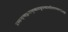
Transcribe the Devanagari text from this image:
प्रस्यन्दन्मद्गन्धलुब्धमधुपब्यालोलगण्डस्थलम्।